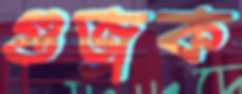
গুজ্‌রক